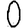
Digit: 0